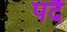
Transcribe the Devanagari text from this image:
पदै